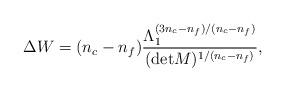
LaTeX: \begin{align*}\Delta W = (n_{c}-n_{f}) \frac{\Lambda_{1}^{(3n_{c}-n_{f})/(n_{c}-n_{f})}}{({\rm det}M)^{1/(n_{c}-n_{f})}},\end{align*}